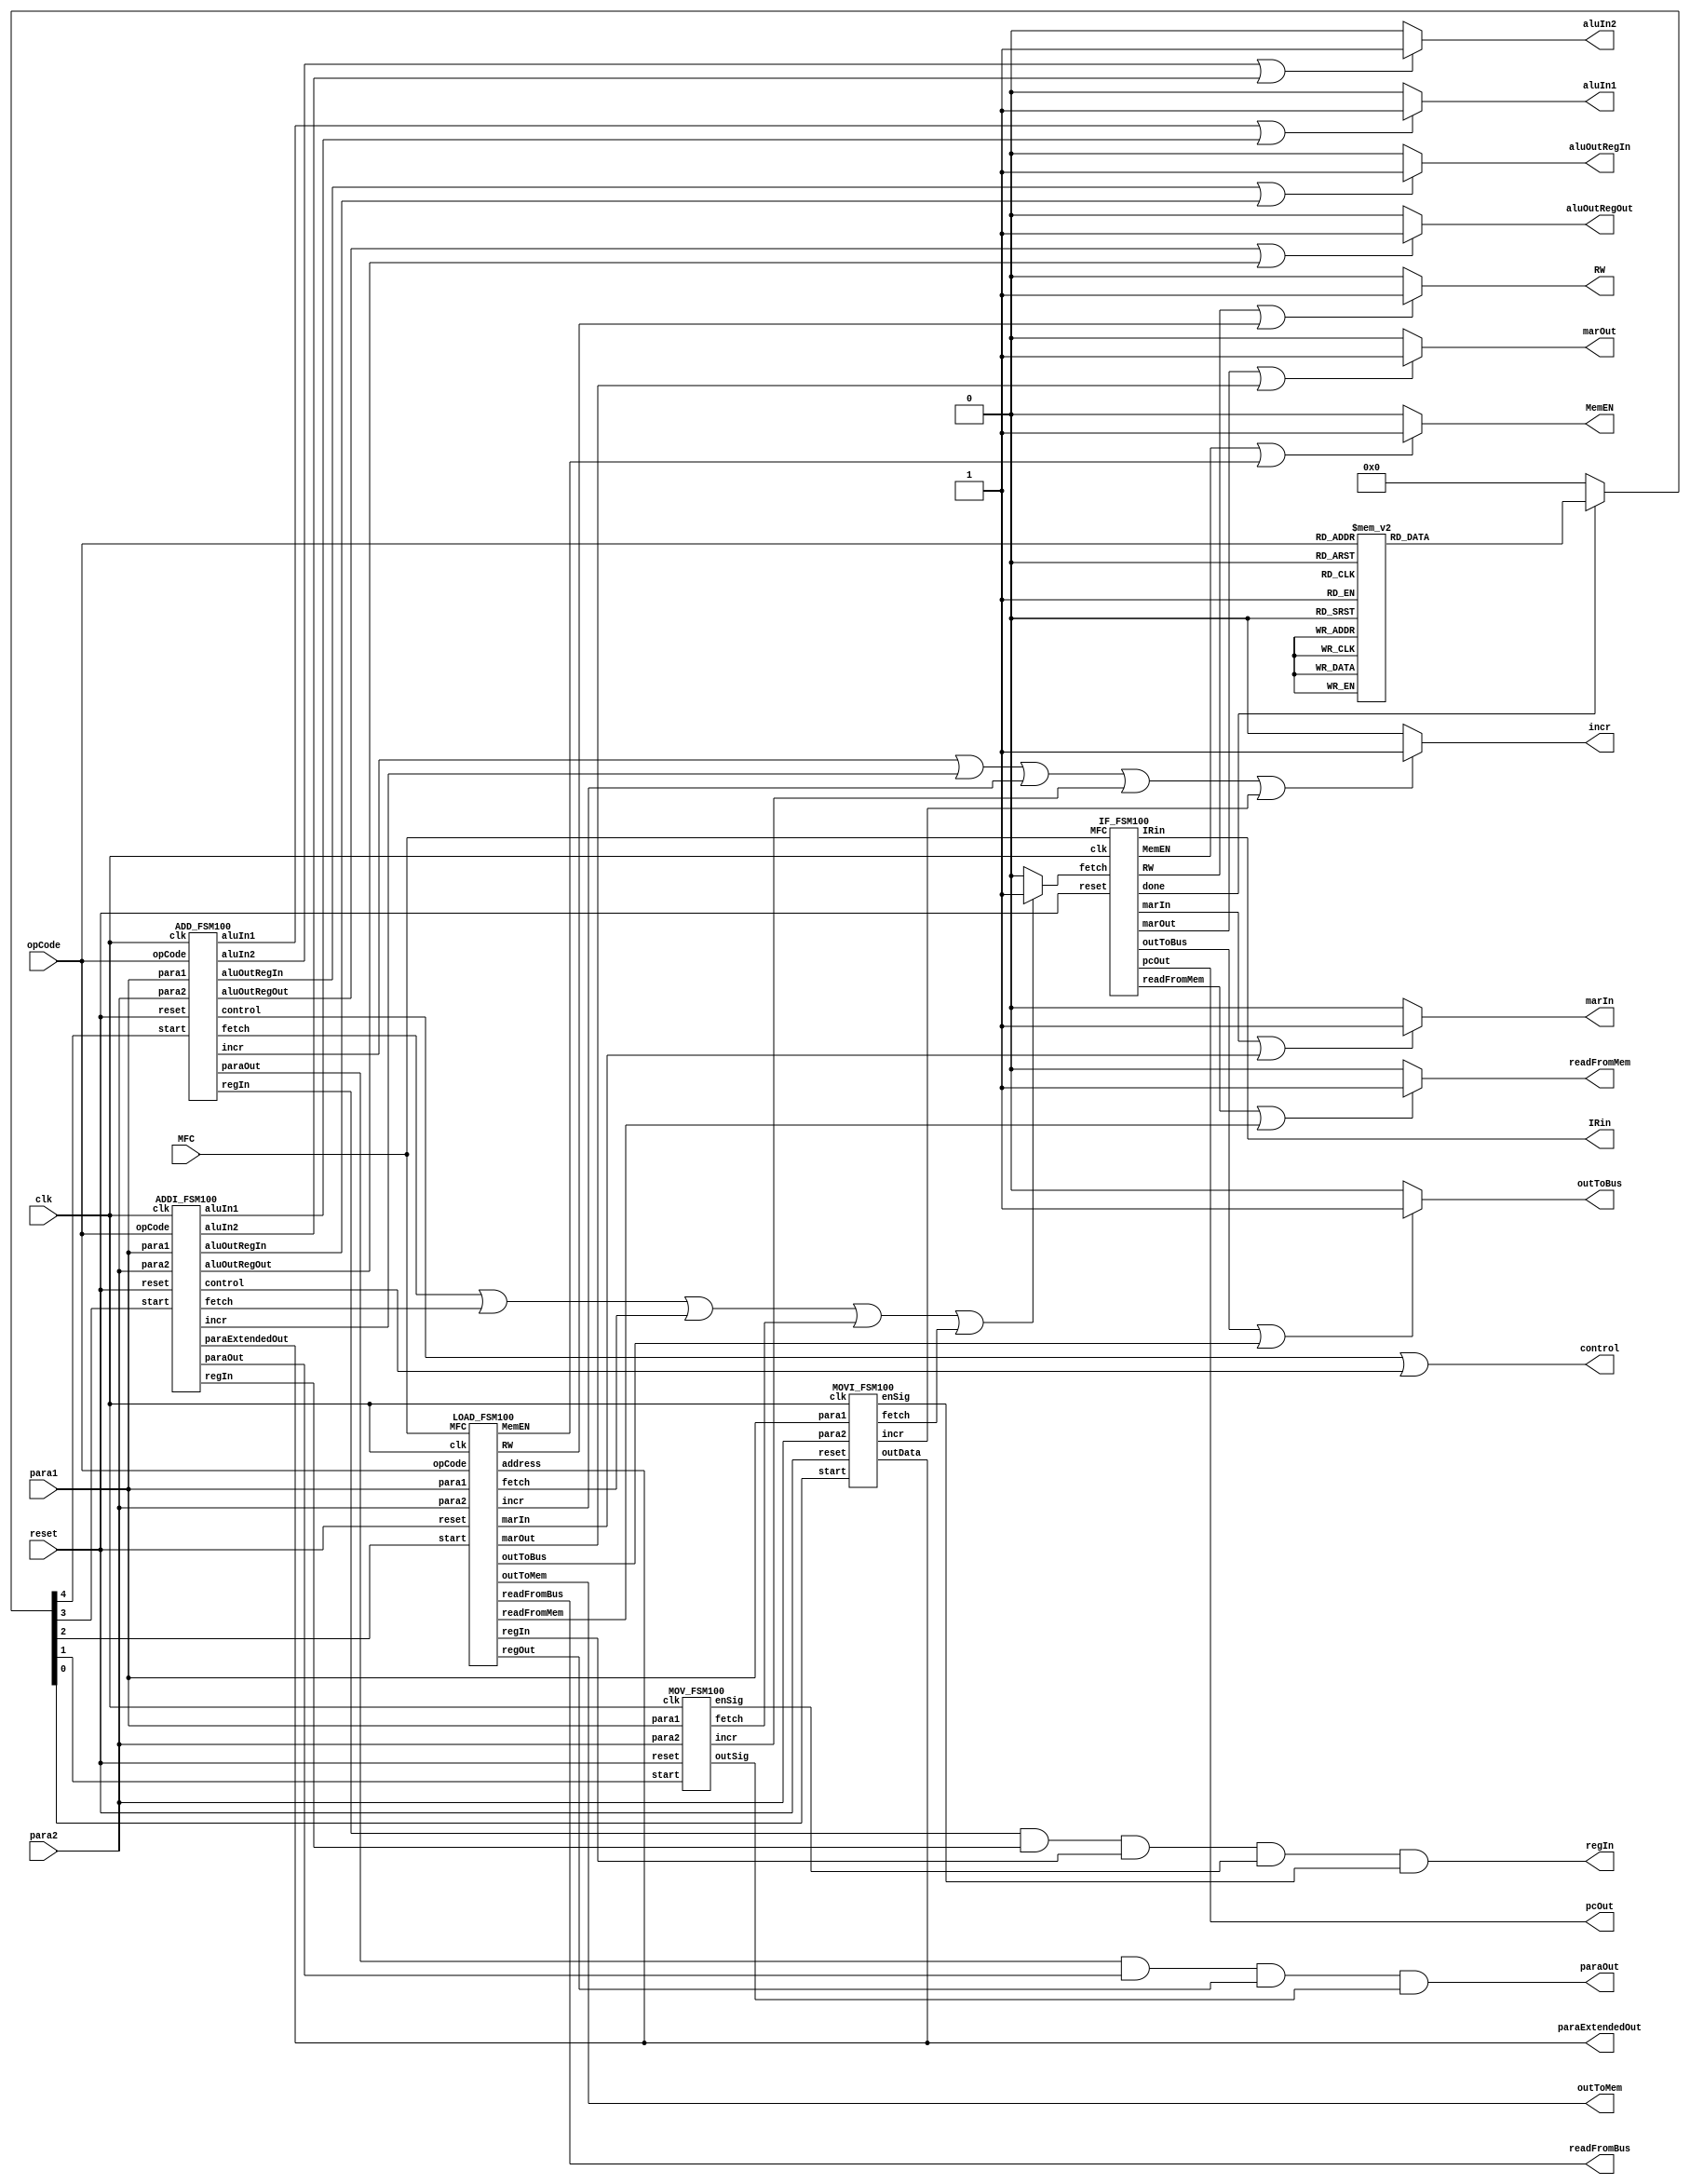
module Control_Block100(
clk,reset,MFC,opCode,para1,para2,
//IF Outputs
pcOut,marIn,MemEN,marOut,RW,readFromMem,outToBus,
//Load
readFromBus,outToMem,
IRin,
//ADD FSM
aluIn1,aluIn2,aluOutRegIn,aluOutRegOut,incr,
control,paraOut,regIn,paraExtendedOut
);

input clk,reset,MFC;
input[3:0] opCode;
input[5:0] para1,para2;
//IF Outputs
output pcOut,marIn,MemEN,marOut,RW,readFromMem,outToBus,IRin;
//ADD outputs
output aluIn1,aluIn2,aluOutRegIn,aluOutRegOut,incr;
output readFromBus,outToMem;
output[3:0] control;
output[5:0]paraOut,regIn;
output[15:0] paraExtendedOut; //IS THE ADDRESS IN LOAD STORE
//Fetch Wire for IF 
wire fetch,done;
reg[4:0] start;

always@(done)begin

if(done)begin

case(opCode)
4'b1111: start<=5'b10000; //Add
4'b0001: start<=5'b10000; //Sub
4'b0010: start<=5'b10000; //Not 
4'b0011: start<=5'b10000; //And
4'b0100: start<=5'b10000; //Or
4'b0101: start<=5'b10000; //Xor
4'b0110: start<=5'b10000; //Xnor
4'b0111: start<=5'b01000; //Addi
4'b1101: start<=5'b01000; //subi
4'b1001: start<=5'b00001; //movi
4'b1010: start<=5'b00010; //mov
4'b1011: start<=5'b00100; //load
4'b1100: start<=5'b00100; //store
default: start<=5'b0; 
endcase
end
else begin
start<=5'b0;
end

end

wire marIn1,marIn2;
assign marIn = (marIn1 || marIn2) ? 1:0;
wire MemEN1,MemEN2;
assign MemEN = (MemEN1 || MemEN2) ? 1:0;
wire marOut1,marOut2;
assign marOut = (marOut1 || marOut2) ? 1:0;
wire RW1,RW2;
assign RW = (RW1 || RW2)?1:0;
wire readFromMem1,readFromMem2;
assign readFromMem = (readFromMem1 || readFromMem2)?1:0;
wire outToBus1,outToBus2;
assign outToBus = (outToBus1 || outToBus2)?1:0;
wire aluIn11,aluIn12;
assign aluIn1 = (aluIn11 || aluIn12)?1:0;
wire aluIn21,aluIn22;
assign aluIn2 = (aluIn21 || aluIn22)?1:0;
wire[3:0] control1,control2;
assign control=(control1 | control2);
wire aluOutRegIn1,aluOutRegIn2;
assign aluOutRegIn = (aluOutRegIn1 || aluOutRegIn2)?1:0;
wire incr1,incr2,incr3,incr4,incr5;
assign incr = (incr1 || incr2 || incr3 || incr4 || incr5)?1:0;
wire fetch1,fetch2,fetch3,fetch4,fetch5;
assign fetch = (fetch1 || fetch2 || fetch3 || fetch4 || fetch5)?1:0;
//wire[15:0] paraExtendedOut1,paraExtendedOut2,paraExtendedOut3;
//assign paraExtendedOut = (paraExtendedOut1 | paraExtendedOut2 | paraExtendedOut3);
wire[5:0] regIn1,regIn2,regIn3,regIn4,regIn5;
assign regIn = (regIn1 & regIn2 & regIn3 & regIn4 & regIn5);
 
wire[5:0] paraOut1,paraOut2,paraOut3,paraOut4;
assign paraOut = (paraOut1 & paraOut2 & paraOut3 & paraOut4);

wire aluOutRegOut1, aluOutRegOut2;
assign aluOutRegOut = (aluOutRegOut1 || aluOutRegOut2) ?1:0;

IF_FSM100 IF(clk,reset,MFC,fetch,
pcOut,marIn1,MemEN1,marOut1,RW1,readFromMem1,outToBus1,IRin,done);

ADD_FSM100 ADD(clk,reset,start[4],opCode,para1,para2,
paraOut1,aluIn11,aluIn21,control1,aluOutRegIn1,aluOutRegOut1,regIn1,incr1,fetch1);

ADDI_FSM100 ADDI(clk,reset,start[3],opCode,para1,para2,
paraOut2,paraExtendedOut,aluIn12,aluIn22,control2,aluOutRegIn2,aluOutRegOut2,regIn2,incr2,fetch2);

LOAD_FSM100 LOAD(clk,reset,start[2],opCode,para1,para2,MFC,
paraExtendedOut,marIn2,MemEN2,marOut2,RW2,readFromMem2,outToBus2,readFromBus,outToMem,regIn3,paraOut3,incr3,fetch3);

MOV_FSM100 MOV(clk,reset,start[1],para1,para2,
paraOut4,regIn4,incr4,fetch4);

MOVI_FSM100 MOVI(clk,reset,start[0],para1,para2,
paraExtendedOut,regIn5,incr5,fetch5);

endmodule

module ADDI_FSM100(clk,reset,start,opCode,para1,para2,
paraOut,paraExtendedOut,aluIn1,aluIn2,control,aluOutRegIn,aluOutRegOut,regIn,incr,fetch);
//5 inputs, -- outputs
//Need to decode para1 and para2 in the control block and pass it in as 4 bits
input reset,clk,start;
input[3:0] opCode;
input[5:0] para1,para2;
output aluIn1,aluIn2,aluOutRegIn,aluOutRegOut,incr,fetch;
output[3:0] control;
output[5:0]paraOut,regIn;
output[15:0] paraExtendedOut;

reg[3:0] pres_state,next_state;
reg aluIn1,aluIn2,aluOutRegIn,aluOutRegOut,incr,fetch;
reg[5:0]paraOut;
reg[15:0]paraExtendedOut;
reg[3:0]control;
reg[5:0]regIn;

parameter outPara1= 4'b0000, outPara2= 4'b0001, controlOut = 4'b0010, holdOneALU= 4'b0011;
parameter holdTwoALU = 4'b0100, outRegALU = 4'b0101, aluOutBus = 4'b0110, idle=4'b0111, latchPara1 = 4'b1000;
parameter latchPara2=4'b1001;

always @(posedge clk or posedge reset)
begin:statereg
if(reset) begin 
pres_state <= idle; end
else if(pres_state!=idle) begin
pres_state <= next_state; end
else if(pres_state==idle && start) begin
pres_state<=next_state; end
 //statereg
end

//FSM next state logic
always @(pres_state)
begin: fsm
case (pres_state)
outPara1: next_state<=latchPara1;
latchPara1: next_state<=outPara2;
outPara2: next_state <= latchPara2;
latchPara2: next_state<=controlOut;
controlOut: next_state <= holdOneALU;
holdOneALU: next_state <= holdTwoALU;
holdTwoALU: next_state<=outRegALU;
outRegALU: next_state <= aluOutBus;
aluOutBus: next_state <= idle;
idle: next_state<=outPara1;
//aluOutBus<=Go to instruction fetch???
endcase	
end //fsm

//Moore output definition using pres_state only
always @(pres_state)
begin: outputs
if (pres_state == idle) begin //output para1 from register and latch it in the alu
paraOut<=6'b111111; paraExtendedOut<=16'bz; aluIn1<=1'b0; aluIn2 <= 1'b0; control<=4'b0; aluOutRegIn<=1'b0; aluOutRegOut<=1'b0; regIn<=6'b111111; incr <= 1'b0; fetch<=1'b0;
end
else if (pres_state == outPara1) begin //output para1 from register and latch it in the alu
paraOut<=para1; paraExtendedOut<=16'bz; aluIn1<=0; aluIn2 <= 0; control<=4'b0; aluOutRegIn<=0;  aluOutRegOut<=0; regIn<=6'b111111; incr <= 1; fetch<=0;
end
if (pres_state == latchPara1) begin //output para1 from register and latch it in the alu
paraOut<=para1;  paraExtendedOut<=16'bz; aluIn1<=1; aluIn2 <= 0; control<=4'b0; aluOutRegIn<=0;  aluOutRegOut<=0; regIn<=6'b111111; incr <= 0; fetch<=0;
end
else if (pres_state == outPara2) begin //output para2 from register and latch it in the alu
paraOut<=6'b111111; paraExtendedOut<=para2; aluIn1<=0; aluIn2 <= 0; control<=4'b0; aluOutRegIn<=0;  aluOutRegOut<=0; regIn<=6'b111111; incr <= 0; fetch<=0;
end
if (pres_state == latchPara2) begin //output para1 from register and latch it in the alu
paraOut<=6'b111111; paraExtendedOut<=para2; aluIn1<=0; aluIn2 <= 1; control<=4'b0; aluOutRegIn<=0;  aluOutRegOut<=0; regIn<=6'b111111; incr <= 0; fetch<=0;
end
else if (pres_state == controlOut) begin //output the control so we can compute
 paraOut<=6'b111111;  paraExtendedOut<=16'bz; aluIn1<=0; aluIn2 <= 0; control<=opCode; aluOutRegIn<=0;  aluOutRegOut<=0; regIn<=6'b111111; incr <= 0; fetch<=0;
end
else if (pres_state == holdOneALU || pres_state == holdTwoALU) begin //hold the contorl for some cycles so we can caluclate
paraOut<=6'b111111;  paraExtendedOut<=16'bz; aluIn1<=0; aluIn2 <= 0; control<=opCode; aluOutRegIn<=0; aluOutRegOut<=0; regIn<=6'b111111; incr <= 0; fetch<=0;
end
else if (pres_state == outRegALU) begin //output the reg to the bus
paraOut<=6'b111111; paraExtendedOut<=16'bz; aluIn1<=0; aluIn2 <= 0; control<=4'b0; aluOutRegIn<=1; aluOutRegOut<=0; regIn<=6'b111111; incr <= 0; fetch<=0;
end
else if (pres_state == aluOutBus) begin //latch the new data to para1, regIn <= enable signal for the registers
paraOut<=6'b111111; paraExtendedOut<=16'bz; aluIn1<=0; aluIn2 <= 0; control<=4'b0; aluOutRegIn<=0; aluOutRegOut<=1; regIn<=para1; incr <= 0; fetch<=1;
end

end //outputs
endmodule
	




module LOAD_FSM100(clk,reset,start,opCode,para1,para2,MFC,
address,marIn,MemEN,marOut,RW,readFromMem,outToBus,readFromBus,outToMem,regIn,regOut,incr,fetch);
//3 inputs, 8 output
input reset,clk,MFC,start;
input[3:0]opCode;
input[5:0] para1,para2;
output marIn,MemEN,marOut,RW,readFromMem,outToBus,readFromBus,outToMem,incr,fetch;
output[5:0] regIn,regOut;
output[15:0] address;

reg[3:0] pres_state,next_state;
reg marIn,MemEN,marOut,RW,readFromMem,outToBus,readFromBus,outToMem,fetch,incr;
reg[5:0] regIn,regOut;
reg[5:0] regStore;
reg[15:0] addressStore,address;
reg RWstore;
//FSM register
parameter memAccess = 4'b0001, hold = 4'b0010, MDRInFromMem= 4'b0011, latchToMar=4'b0111, MDRoutToBus=4'b1101, outToMemory=4'b1111;
parameter outBus = 4'b0100,idle=4'b0101, load=4'b1000, store=4'b1001, regLatchIn=4'b1010, outRegToBus=4'b1011, MDRInFromBus=4'b1100;

always @(posedge clk or posedge reset)
begin:statereg
if(reset)begin //asynchronous reset 
pres_state <= idle;
end
else if(pres_state==idle && start && opCode == 4'b1011)begin
pres_state<=load;
end
else if(pres_state==idle && start && opCode == 4'b1100)begin
pres_state<=store;
end
else if(pres_state==hold && MFC)begin
pres_state<=next_state;
end
else if(pres_state!=idle && pres_state!=hold)begin
pres_state <= next_state; end

end //statereg

//FSM next state logic
always @(pres_state)
begin: fsm
case (pres_state)
load: next_state<=latchToMar;
store: next_state<=latchToMar;
latchToMar:
if(opCode==4'b1011) begin
 next_state<=memAccess;//load 
end
else
next_state<=outRegToBus; //Store

outRegToBus: next_state<=MDRInFromBus;
MDRInFromBus: next_state<=memAccess;
memAccess:next_state <= hold;

hold:
if(opCode==4'b1011) begin
next_state <= MDRInFromMem; //Load
end
else
next_state<=outToMemory; //Store

outToMemory: next_state<=idle;
MDRInFromMem: next_state <= MDRoutToBus;
MDRoutToBus: next_state <= regLatchIn;
regLatchIn: next_state<= idle;
default: next_state<= idle;
endcase
end //fsm

//Moore output definition using pres_state only
always @(pres_state)
begin: outputs
if(pres_state==load)begin
addressStore=para1;
regStore=para2;
RWstore=1;
address=addressStore; marIn = 0; MemEN=0; marOut=0; RW = 0; readFromMem=0; outToBus=0; readFromBus=0; outToMem = 0; regIn= 6'b111111; regOut=6'b111111; incr = 0; fetch = 0;
end
if(pres_state==store)begin
addressStore=para2; //Basically an extra idle
regStore=para1;//Store the parameters in temp registers so we can choose which to output when. We also have enough hold time
RWstore=0;
address=addressStore; marIn = 0; MemEN=0; marOut=0; RW = 0; readFromMem=0; outToBus=0; readFromBus=0; outToMem = 0; regIn= 6'b111111; regOut=6'b111111; incr = 0; fetch = 0;
end
if(pres_state == latchToMar)begin //Load MARIN Para1, for Store MARIN Para2
 address=addressStore; marIn = 1; MemEN=0; marOut=0; RW = 0; readFromMem=0; outToBus=0; readFromBus=0; outToMem = 0; regIn= 6'b111111;  regOut=6'b111111; incr = 1; fetch = 0;
end

if (pres_state == memAccess) begin //Both
 address=16'bz; marIn = 0; MemEN=1; marOut=1; RW = RWstore; readFromMem=0; outToBus=0; readFromBus=0; outToMem = 1; regIn= 6'b111111;  regOut=6'b111111; incr = 0; fetch = 0;
end
if (pres_state == hold) begin // Both
address=16'bz; marIn = 0; MemEN=1; marOut=1; RW = RWstore; readFromMem=0; outToBus=0; readFromBus=0; outToMem = 1; regIn = 6'b111111;   regOut=6'b111111;incr = 0; fetch = 0;
end
if (pres_state == MDRInFromMem) begin //Load
address=16'bz;  marIn = 0; MemEN=0; marOut=0; RW = 0; readFromMem=1; outToBus=0; readFromBus=0; outToMem = 0; regIn = 6'b111111;  regOut=6'b111111; incr = 0; fetch = 0;
end
if(pres_state == MDRoutToBus)begin //Load
address=16'bz;  marIn = 0; MemEN=0; marOut=0; RW = 0; readFromMem=0; outToBus=1; readFromBus=0; outToMem = 0; regIn = 6'b111111;  regOut=6'b111111; incr = 0; fetch = 0;
end
if (pres_state == regLatchIn) begin //Load
 address=16'bz; marIn = 0; MemEN=0; marOut=0; RW = 0; readFromMem=0; outToBus=1; readFromBus=0; outToMem = 0; regIn = regStore; regOut=6'b111111; incr = 0; fetch = 1;
end
if (pres_state == outRegToBus) begin //Store output registe to bus
 address=16'bz; marIn = 0; MemEN=0; marOut=0; RW = 0; readFromMem=0; outToBus=0; readFromBus=0; outToMem = 0; regIn = 6'b111111; regOut=regStore; incr = 0; fetch = 0;
end
if (pres_state == MDRInFromBus) begin //Store output registe to bus
 address=16'bz; marIn = 0; MemEN=0; marOut=0; RW = 0; readFromMem=0; outToBus=0; readFromBus=1; outToMem = 0; regIn = 6'b111111; regOut=regStore; incr = 0; fetch = 0;
end
//What below????
if(pres_state == outToMemory)begin //Store
address=16'bz; marIn = 0; MemEN=0; marOut=0; RW = 0; readFromMem=0; outToBus=0; readFromBus=0; outToMem = 1; regIn = 6'b111111; regOut=6'b111111; incr = 0; fetch = 1;
end

if(pres_state==idle)begin
addressStore=16'b0; //Basically an extra idle
regStore=16'b0;//Store the parameters in temp registers so we can choose which to output when. We also have enough hold time
RWstore=0; 
address=16'bz; marIn = 1'b0; MemEN=1'b0; marOut=1'b0; RW = 1'b0; readFromMem=1'b0; outToBus=1'b0; readFromBus=1'b0; outToMem = 1'b0; regIn = 6'b111111; regOut=6'b111111; incr = 1'b0; fetch = 1'b0;
end//FIX SENDING THE 16 BIT ADDRESS TO MAR
end //outputs
endmodule



module IF_FSM100(clk,reset,MFC,fetch,
pcOut,marIn,MemEN,marOut,RW,readFromMem,outToBus,IRin,done);
//3 inputs, 8 outputs
input reset,clk,fetch,MFC;
output pcOut,marIn,MemEN,marOut,RW,readFromMem,outToBus,IRin,done;
reg[3:0] pres_state,next_state;
reg pcOut,marIn,MemEN,marOut,RW,readFromMem,outToBus,IRin,done;
//FSM register
parameter start= 4'b0000, memAccess = 4'b0001, hold = 4'b0010, readMem= 4'b0011;
parameter outBus = 4'b0100,idle=4'b0101, marHold=4'b0111,outHold=4'b1000;

always @(posedge clk or posedge reset)
begin:statereg
if(reset)begin //asynchronous reset 
pres_state <= start;
end
else if(pres_state==idle && fetch)begin
pres_state<=next_state;
end
else if(pres_state==hold && MFC)begin
pres_state<=next_state;
end
else if(pres_state!=idle && pres_state!=hold)begin
pres_state <= next_state; end

end //statereg

//FSM next state logic
always @(pres_state)
begin: fsm
//4'b0001: next_state <= b;
//4'b0010: next_state <= redLight;
case (pres_state)
start: next_state<=marHold;
marHold: next_state<=memAccess;
memAccess: next_state <= hold;
hold: next_state <= readMem;
readMem: next_state <= outBus;
outBus: next_state<=outHold;
outHold: next_state <= idle;
idle:next_state<= start;
default: next_state<= start;
endcase
end //fsm

//Moore output definition using pres_state only
always @(pres_state)
begin: outputs
if (pres_state == start) begin
pcOut = 1; marIn = 1; MemEN=0; marOut=0; RW = 0; readFromMem=0; outToBus=0; IRin = 0;  done=0;
end
if (pres_state == marHold) begin
pcOut = 1; marIn = 1; MemEN=0; marOut=0; RW = 0; readFromMem=0; outToBus=0; IRin = 0;  done=0;
end
if (pres_state == memAccess) begin
pcOut = 0; marIn = 0; MemEN=1; marOut=1; RW = 1; readFromMem=0; outToBus=0; IRin = 0; done=0;
end
if (pres_state == hold) begin
pcOut = 0; marIn = 0; MemEN=1; marOut=1; RW = 1; readFromMem=0; outToBus=0; IRin = 0; done=0;
end
if (pres_state == readMem) begin
pcOut = 0; marIn = 0; MemEN=0; marOut=0; RW = 0; readFromMem=1; outToBus=0; IRin = 0; done=0;
end
if (pres_state == outBus) begin
pcOut = 0; marIn = 0; MemEN=0; marOut=0; RW = 0; readFromMem=0; outToBus=1; IRin = 0; done=0;
end
if(pres_state == outHold)begin
pcOut = 0; marIn = 0; MemEN=0; marOut=0; RW = 0; readFromMem=0; outToBus=1; IRin = 1; done=0;
end
if(pres_state==idle)begin
pcOut = 1'b0; marIn = 1'b0; MemEN=1'b0; marOut=1'b0; RW = 1'b0; readFromMem=1'b0; outToBus=1'b0; IRin = 1'b0; done = 1;
end
end //outputs
endmodule




module MOV_FSM100(clk,reset,start,para1,para2,
outSig,enSig,incr,fetch);
//3 inputs, 8 outputs
input reset,clk,start;
input[5:0] para1,para2;
output[5:0] enSig,outSig;
output incr,fetch;
reg[3:0] pres_state,next_state;
reg[5:0] enSig,outSig;
reg incr,fetch;
//FSM register
parameter  outputData = 4'b0001, latchData = 4'b0010;
parameter idle=4'b0101;

always @(posedge clk or posedge reset)
begin:statereg
if(reset)begin //asynchronous reset 
pres_state <= idle;
end
else if(pres_state==idle && start)begin
pres_state<=next_state;
end
else if(pres_state!=idle)begin
pres_state <= next_state; end

end //statereg

//FSM next state logic
always @(pres_state)
begin: fsm
case (pres_state)
idle: next_state<= outputData;
outputData: next_state<=latchData;
latchData: next_state<=idle;
default: next_state<= idle;
endcase
end //fsm

//Moore output definition using pres_state only
always @(pres_state)
begin: outputs
if(pres_state ==idle)begin
outSig<=6'b111111; enSig<=6'b111111; incr<= 1'b0; fetch<= 1'b0;
end
else if (pres_state == outputData) begin
outSig<=para2; enSig<=6'b111111; incr<= 1; fetch<= 0;
end
else if (pres_state == latchData) begin
outSig<=para2; enSig<=para1; incr<= 0; fetch<= 1;
end

end //outputs
endmodule

module MOVI_FSM100(clk,reset,start,para1,para2,
outData,enSig,incr,fetch);
//3 inputs, 8 outputs
input reset,clk,start;
input[5:0] para1,para2;
output[15:0] outData;
output[5:0] enSig;
output incr,fetch;
reg[3:0] pres_state,next_state;
reg[15:0] outData;
reg[5:0] enSig;
reg incr,fetch;

//FSM register
parameter  outputData = 4'b0001, latchData = 4'b0010;
parameter idle=4'b0101;

always @(posedge clk or posedge reset)
begin:statereg
if(reset)begin //asynchronous reset 
pres_state <= idle;
end
else if(pres_state==idle && start)begin
pres_state<=next_state;
end
else if(pres_state!=idle)begin
pres_state <= next_state; end

end //statereg

//FSM next state logic
always @(pres_state)
begin: fsm
case (pres_state)
idle: next_state<= outputData;
outputData: next_state<=latchData;
latchData: next_state<=idle;
default: next_state<= idle;
endcase
end //fsm

//Moore output definition using pres_state only
always @(pres_state)
begin: outputs
if (pres_state == outputData) begin
outData=para1; enSig=para2; incr=1; fetch=0;
end
if (pres_state == latchData) begin
outData=para1; enSig=para2; incr=0; fetch=1;
end
if(pres_state ==idle)begin
outData=16'bz; enSig=6'b111111; incr=1'b0; fetch=1'b0;
end

end //outputs
endmodule



module ADD_FSM100(clk,reset,start,opCode,para1,para2,
paraOut,aluIn1,aluIn2,control,aluOutRegIn,aluOutRegOut,regIn,incr,fetch);
//5 inputs, -- outputs
//Need to decode para1 and para2 in the control block and pass it in as 4 bits
input reset,clk,start;
input[3:0] opCode;
input[5:0] para1,para2;
output aluIn1,aluIn2,aluOutRegIn,aluOutRegOut,incr,fetch;
output[3:0] control;
output[5:0]paraOut,regIn;

reg[3:0] pres_state,next_state;
reg aluIn1,aluIn2,aluOutRegIn,aluOutRegOut,incr,fetch;
reg[5:0]paraOut;
reg[3:0]control;
reg[5:0]regIn;

parameter outPara1= 4'b0000, outPara2= 4'b0001, controlOut = 4'b0010, holdOneALU= 4'b0011;
parameter holdTwoALU = 4'b0100, outRegALU = 4'b0101, aluOutBus = 4'b0110, idle=4'b0111, latchPara1 = 4'b1000;
parameter latchPara2=4'b1001;

always @(posedge clk or posedge reset)
begin:statereg
if(reset) begin 
pres_state <= idle; end
else if(pres_state!=idle) begin
pres_state <= next_state; end
else if(pres_state==idle && start) begin
pres_state<=next_state; end
 //statereg
end

//FSM next state logic
always @(pres_state)
begin: fsm
case (pres_state)
outPara1: next_state<=latchPara1;
latchPara1: next_state<=outPara2;
outPara2: next_state <= latchPara2;
latchPara2: next_state<=controlOut;
controlOut: next_state <= holdOneALU;
holdOneALU: next_state <= holdTwoALU;
holdTwoALU: next_state<=outRegALU;
outRegALU: next_state <= aluOutBus;
aluOutBus: next_state <= idle;
idle: next_state<=outPara1;
//aluOutBus<=Go to instruction fetch???
endcase	
end //fsm

//Moore output definition using pres_state only
always @(pres_state)
begin: outputs
if (pres_state == idle) begin //output para1 from register and latch it in the alu
paraOut=6'b111111; aluIn1=1'b0; aluIn2 = 1'b0; control=4'b0; aluOutRegIn=1'b0; aluOutRegOut=1'b0; regIn=6'b111111; incr = 1'b0; fetch=1'b0;
end
else if (pres_state == outPara1) begin //output para1 from register and latch it in the alu
paraOut=para1; aluIn1=0; aluIn2 = 0; control=4'b0; aluOutRegIn=0;  aluOutRegOut=0; regIn=6'b111111; incr = 1; fetch=0;
end
if (pres_state == latchPara1) begin //output para1 from register and latch it in the alu
paraOut=para1; aluIn1=1; aluIn2 = 0; control=4'b0; aluOutRegIn=0;  aluOutRegOut=0; regIn=6'b111111; incr = 0; fetch=0;
end
else if (pres_state == outPara2) begin //output para2 from register and latch it in the alu
 paraOut=para2; aluIn1=0; aluIn2 = 0; control=4'b0; aluOutRegIn=0;  aluOutRegOut=0; regIn=6'b111111; incr = 0; fetch=0;
end
if (pres_state == latchPara2) begin //output para1 from register and latch it in the alu
paraOut=para2; aluIn1=0; aluIn2 = 1; control=4'b0; aluOutRegIn=0;  aluOutRegOut=0; regIn=6'b111111; incr = 0; fetch=0;
end
else if (pres_state == controlOut) begin //output the control so we can compute
 paraOut=6'b111111; aluIn1=0; aluIn2 = 0; control=opCode; aluOutRegIn=0;  aluOutRegOut=0; regIn=6'b111111; incr = 0; fetch=0;
end
else if (pres_state == holdOneALU || pres_state == holdTwoALU) begin //hold the contorl for some cycles so we can caluclate
paraOut=6'b111111; aluIn1=0; aluIn2 = 0; control=opCode; aluOutRegIn=0; aluOutRegOut=0; regIn=6'b111111; incr = 0; fetch=0;
end
else if (pres_state == outRegALU) begin //output the reg to the bus
paraOut=6'b111111; aluIn1=0; aluIn2 = 0; control=4'b0; aluOutRegIn=1; aluOutRegOut=0; regIn=6'b111111; incr = 0; fetch=0;
end
else if (pres_state == aluOutBus) begin //latch the new data to para1, regIn = enable signal for the registers
paraOut=6'b111111; aluIn1=0; aluIn2 = 0; control=4'b0; aluOutRegIn=0; aluOutRegOut=1; regIn=para1; incr = 0; fetch=1;
end

end //outputs
endmodule